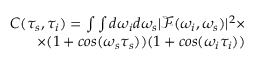
\begin{array} { r } { C ( \tau _ { s } , \tau _ { i } ) = \int \int d \omega _ { i } d \omega _ { s } | \mathcal { F } ( \omega _ { i } , \omega _ { s } ) | ^ { 2 } \times } \\ { \times ( 1 + c o s ( \omega _ { s } \tau _ { s } ) ) ( 1 + c o s ( \omega _ { i } \tau _ { i } ) ) } \end{array}